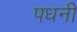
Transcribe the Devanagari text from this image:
पधनी